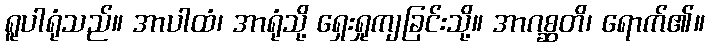
ရူပါရုံသည်။ အာပါထံ၊ အာရုံသို့ ရှေးရှုကျခြင်းသို့။ အာဂစ္ဆတိ၊ ရောက်၏။